Cholera in southern India
Disease focus: Cholera
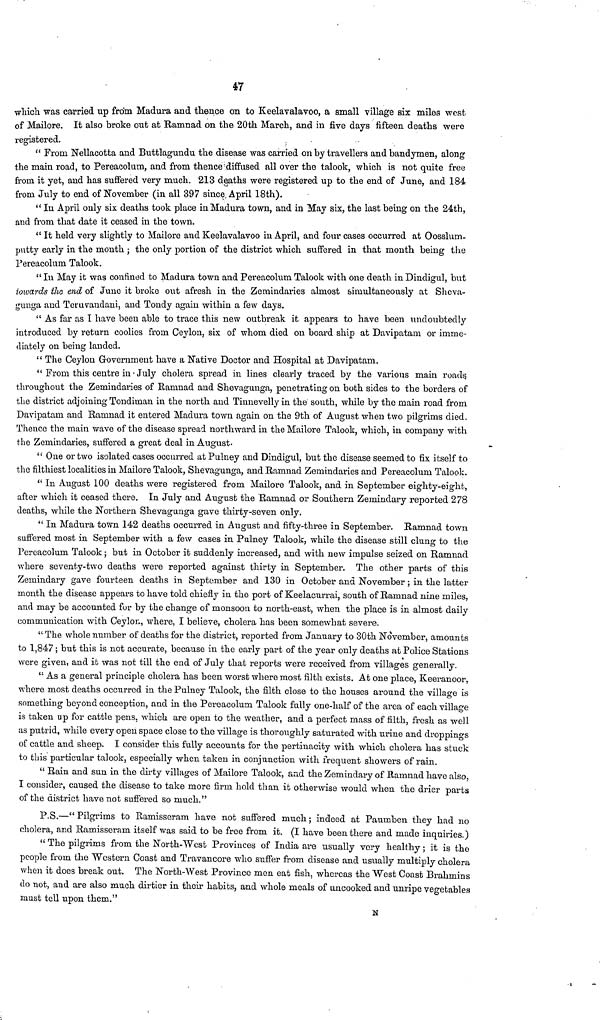
47
which was carried up from Madura and thence on to Keelavalavoo, a small village six miles west
of Mailore. It also broke out at Ramnad on the 20th March, and in five days fifteen deaths were
registered.
" From Nellacotta and Buttlagundu the disease was carried on by travellers and bandymen, along
the main road, to Pereacolum, and from thence diffused all over the talook, which is not quite free
from it yet, and has suffered very much. 213 deaths were registered up to the end of June, and 184
from July to end of November (in all 397 since April 18th).
" In April only six deaths took place in Madura town, and in May six, the last being on the 24th,
and from that date it ceased in the town.
" It held very slightly to Mailore and Keelavalavoo in April, and four cases occurred at Oosslum-
putty early in the month ; the only portion of the district which suffered in that month being the
Pereacolum Talook.
" In May it was confined to Madura town and Pereacolum Talook with one death in Dindigul, but
towards the end of June it broke out afresh in the Zemindaries almost simultaneously at Sheva-
gunga and Teruvandani, and Tondy again within a few days.
" As far as I have been able to trace this new outbreak it appears to have been undoubtedly
introduced by return coolies from Ceylon, six of whom died on board ship at Davipatam or imme-
diately on being landed.
" The Ceylon Government have a Native Doctor and Hospital at Davipatam.
" From this centre in July cholera spread in lines clearly traced by the various main roads,
throughout the Zemindaries of Ramnad and Shevagunga, penetrating on both sides to the borders of
the district adjoining Tondiman in the north and Thinevelly in the south, while by the main road from
Davipatam and Ramnad it entered Madura town again on the 9th of August when two pilgrims died.
Thence the main wave of the disease spread northward in the Mailore Talook, which, in company with
the Zemindaries, suffered a great deal in August.
" One or two isolated cases occurred at Pulney and Dindigul, but the disease seemed to fix itself to
the filthiest localities in Mailore Talook, Shevagunga, and Ramnad Zemindaries and Pereacolum Talook.
" In August 100 deaths were registered from Mailore Talook, and in September eighty-eight,
after which it ceased there. In July and August the Ramnad or Southern Zemindary reported 278
deaths, while the Northern Shevagunga gave thirty-seven only.
" In Madura town 142 deaths occurred in August and fifty-three in September. Ramnad town
suffered most in September with a few cases in Pulney Talook, while the disease still clung to the
Pereacolum Talook ; but in October it suddenly increased, and with new impulse seized on Ramnad
where seventy-two deaths were reported against thirty in September. The other parts of this
Zemindary gave fourteen deaths in September and 130 in October and November ; in the latter
month the disease appears to have told chiefly in the port of Keelacurrai, south of Ramnad nine miles,
and may be accounted for by the change of monsoon to north-east, when the place is in almost daily
communication with Ceylon, where, I believe, cholera has been somewhat severe.
" The whole number of deaths for the district, reported from January to 30th November, amounts
to 1,847 ; but this is not accurate, because in the early part of the year only deaths at Police Stations
were given, and it was not till the end of July that reports were received from villages generally.
" As a general principle cholera has been worst where most filth exists. At one place, Keeranoor,
where most deaths occurred in the Pulney Talook, the filth close to the houses around the village is
something beyond conception, and in the Pereacolum Talook fully one-half of the area of each village
is taken up for cattle pens, which are open to the weather, and a perfect mass of filth, fresh as well
as putrid, while every open space close to the village is thoroughly saturated with urine and droppings
of cattle and sheep. I consider this fully accounts for the pertinacity with which cholera has stuck
to this particular talook, especially when taken in conjunction with frequent showers of rain.
" Rain and sun in the dirty villages of Mailore Talook, and the Zemindary of Ramnad have also,
I consider, caused the disease to take more firm hold than it otherwise would when the drier parts
of the district have not suffered so much."
P.S.—"Pilgrims to Ramisseram have not suffered much; indeed at Paumben they had no
cholera, and Ramisserarn itself was said to be free from it. (I have been there and made inquiries.)
" The pilgrims from the North-West Provinces of India are usually very healthy ; it is the
people from the Western Coast and Travancore who suffer from disease and usually multiply cholera
when it does break out. The North-West Province men eat fish, whereas the West Coast Brahmins
do not, and are also much dirtier in their habits, and whole meals of uncooked and unripe vegetables
must tell upon them."
N